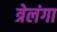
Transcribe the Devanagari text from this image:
त्रेलंगा